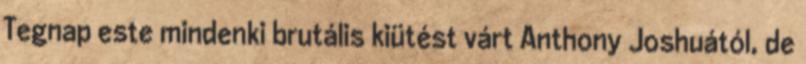
Tegnap este mindenki brutális kiütést várt Anthony Joshuától, de